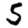
Digit: 5